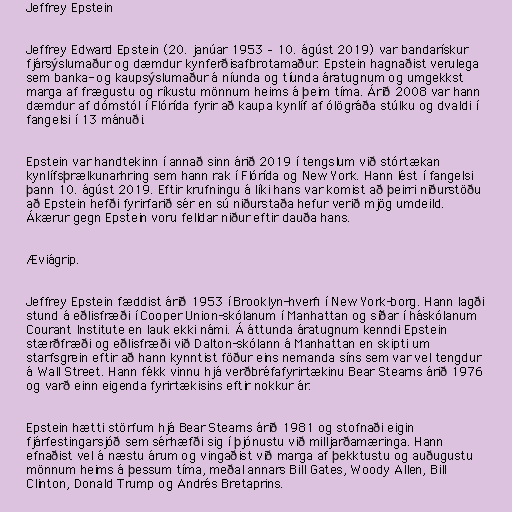
Jeffrey Epstein

Jeffrey Edward Epstein (20. janúar 1953 – 10. ágúst 2019) var bandarískur
fjársýslumaður og dæmdur kynferðisafbrotamaður. Epstein hagnaðist verulega
sem banka- og kaupsýslumaður á níunda og tíunda áratugnum og umgekkst
marga af frægustu og ríkustu mönnum heims á þeim tíma. Árið 2008 var hann
dæmdur af dómstól í Flórída fyrir að kaupa kynlíf af ólögráða stúlku og dvaldi í
fangelsi í 13 mánuði.

Epstein var handtekinn í annað sinn árið 2019 í tengslum við stórtækan
kynlífsþrælkunarhring sem hann rak í Flórída og New York. Hann lést í fangelsi
þann 10. ágúst 2019. Eftir krufningu á líki hans var komist að þeirri niðurstöðu
að Epstein hefði fyrirfarið sér en sú niðurstaða hefur verið mjög umdeild.
Ákærur gegn Epstein voru felldar niður eftir dauða hans.

Æviágrip.

Jeffrey Epstein fæddist árið 1953 í Brooklyn-hverfi í New York-borg. Hann lagði
stund á eðlisfræði í Cooper Union-skólanum í Manhattan og síðar í háskólanum
Courant Institute en lauk ekki námi. Á áttunda áratugnum kenndi Epstein
stærðfræði og eðlisfræði við Dalton-skólann á Manhattan en skipti um
starfsgrein eftir að hann kynntist föður eins nemanda síns sem var vel tengdur
á Wall Street. Hann fékk vinnu hjá verðbréfafyrirtækinu Bear Stearns árið 1976
og varð einn eigenda fyrirtækisins eftir nokkur ár.

Epstein hætti störfum hjá Bear Stearns árið 1981 og stofnaði eigin
fjárfestingarsjóð sem sérhæfði sig í þjónustu við milljarðamæringa. Hann
efnaðist vel á næstu árum og vingaðist við marga af þekktustu og auðugustu
mönnum heims á þessum tíma, meðal annars Bill Gates, Woody Allen, Bill
Clinton, Donald Trump og Andrés Bretaprins.